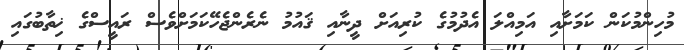
މުހިންމުކަން ކަމަށާއި އަމިއްލަ އެދުމުގެ ކުރިއަށް ދީނާއި ޤައުމު ނެރެންޖެހޭކަމަށްވެސް ރައީސްގެ ޚިތާބުގައި